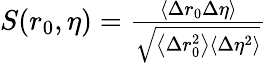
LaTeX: \begin{array}{r}{S(r_{0},\eta)=\frac{\left\langle\Delta r_{0}\Delta\eta\right\rangle}{\sqrt{\left\langle\Delta r_{0}^{2}\right\rangle\left\langle\Delta\eta^{2}\right\rangle}}}\end{array}